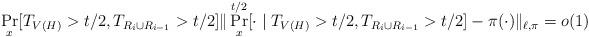
LaTeX: \begin{align*}& \Pr_x[T_{V(H)}> t/2, T_{R_i \cup R_{i-1} }>t/2 ] \|\Pr_x^{t/2}[\cdot \mid T_{V(H)}> t/2, T_{R_i \cup R_{i-1} }>t/2 ] - \pi(\cdot) \|_{\ell,\pi}=o(1) \\ \end{align*}